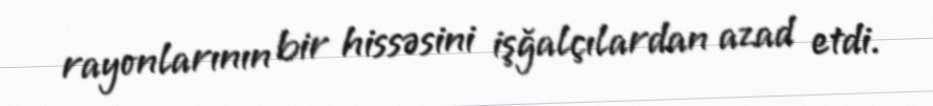
rayonlarının bir hissəsini işğalçılardan azad etdi.